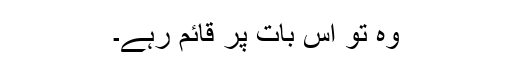
وہ تو اس بات پر قائم رہے۔